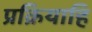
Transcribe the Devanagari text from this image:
प्रक्रियाहि